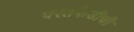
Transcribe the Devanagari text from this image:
परतफेडीची